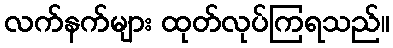
လက်နက်များ ထုတ်လုပ်ကြရသည်။